Annual administration report of the Bombay Presidency - 1887-1892
Year: 1887
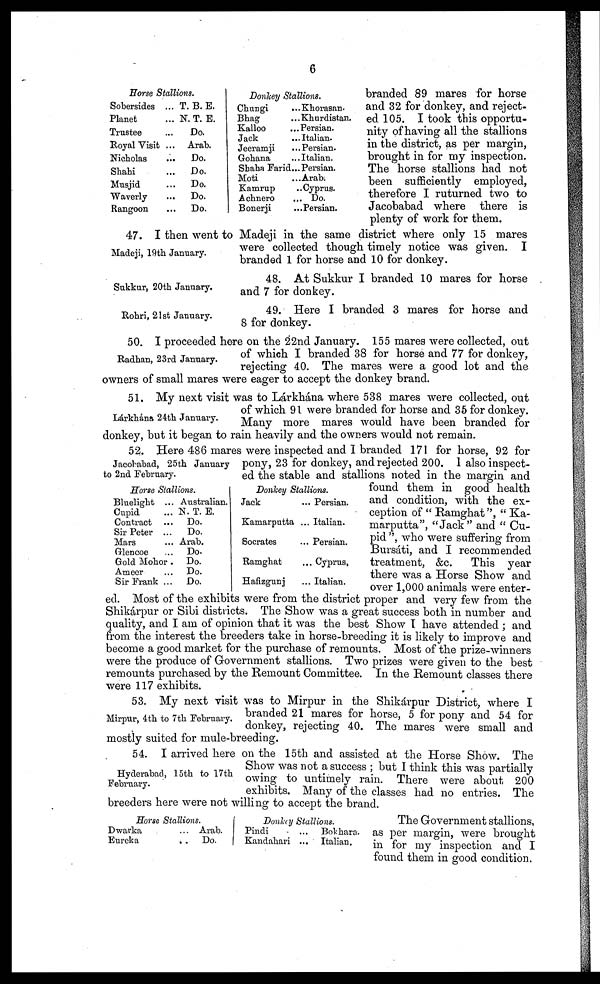
6
Horse Stallions.
Sobersides...
Planet...
Trustee...
Royal Visit...
Nicholas...
Shahi...
Musjid...
Waverly...
Rangoon...
T. B. E.
N. T. E.
Do.
Arab.
Do.
Do.
Do.
Do.
Do.
Donkey Stallions.
Chungi
Bhag
Kalloo
Jack
Jeeramji
Gohana
Shaha Farid
Moti
Kamrup
Achnero
Bonerji
...Khorasan.
...Khurdistan.
...Persian.
...Italian.
... Persian.
...Italian.
...Persian.
...Arab.
..Cyprus.
... Do.
...Persian.
branded 89 mares for horse
and 32 for donkey, and reject-
ed 105. I took this opportu-
nity of having all the stallions
in the district, as per margin,
brought in for my inspection.
The horse stallions had not
been sufficiently employed,
therefore I ruturned two to
Jacobabad where there is
plenty of work for them.
Madeji, 19th January.
47. I then went to Madeji in the same district where only 15 mares
were collected though timely notice was given. I
branded 1 for horse and 10 for donkey.
Sukkur, 20th January.
48. At Sukkur I branded 10 mares for horse
and 7 for donkey.
Rohri, 21st January.
49. Here I branded 3 mares for horse and
8 for donkey.
Radhan, 23rd January.
50. I proceeded here on the 22nd January. 155 mares were collected, out
of which I branded 38 for horse and 77 for donkey,
rejecting 40. The mares were a good lot and the
owners of small mares were eager to accept the donkey brand.
Lárkhána 24th January.
51. My next visit was to Lárkhána where 538 mares were collected, out
of which 91 were branded for horse and 35 for donkey.
Many more mares would have been branded for
donkey, but it began to rain heavily and the owners would not remain.
Jacobabad, 25th January
to 2nd February.
52. Here 486 mares were inspected and I branded 171 for horse, 92 for
pony, 23 for donkey, and rejected 200. I also inspect-
ed the stable and stallions noted in the margin and
found them in good health
and condition, with the ex-
ception of " Ramghat", " Ka-
marputta", "Jack" and " Cu-
pid ", who were suffering from
Bursáti, and I recommended
treatment, &c.
This year
there was a Horse Show and
over 1,000 animals were enter-
ed. Most of the exhibits were from the district proper and very few from the
Shikárpur or Sibi districts. The Show was a great success both in number and
quality, and I am of opinion that it was the best Show I have attended ; and
from the interest the breeders take in horse-breeding it is likely to improve and
become a good market for the purchase of remounts. Most of the prize-winners
were the produce of Government stallions. Two prizes were given to the best
remounts purchased by the Remount Committee. In the Remount classes there
were 117 exhibits.
Horse Stallions.
Bluelight ...
Cupid ...
Contract ...
Sir Peter ...
Mars ...
Glencoe ...
Gold Mohor .
Ameer ...
Sir Frank ...
Australian.
N. T. E.
Do.
Do.
Arab.
Do.
Do.
Do.
Do.
Donkey Stallions.
Jack
Kamarputta
Socrates
Ramghat
Hafizgunj
...
...
...
...
...
Persian.
Italian.
Persian.
Cyprus,
Italian.
Mirpur, 4th to 7th February.
53. My next visit was to Mirpur in the Shikárpur District, where I
branded 21 mares for horse, 5 for pony and 54 for
donkey, rejecting 40. The mares were small and
mostly suited for mule-breeding.
Hyderabad, 15th to 17th
February.
54. I arrived here on the 15th and assisted at the Horse Show. The
Show was not a success ; but I think this was partially
owing to untimely rain. There were about 200
exhibits. Many of the classes had no entries. The
breeders here were not willing to accept the brand.
Horse Stallions.
Dwarka
Eureka
...
..
Arab.
Do.
Donkey Stallions.
Pindi
Kandahari
...
...
Bokhara.
Italian.
The Government stallions,
as per margin, were brought
in for my inspection and I
found them in good condition.